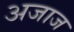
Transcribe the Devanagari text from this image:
अजाज